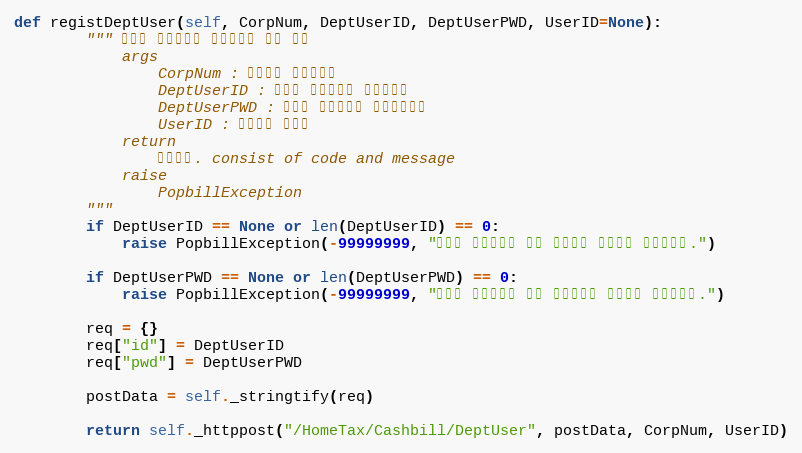
Language: Python
def registDeptUser(self, CorpNum, DeptUserID, DeptUserPWD, UserID=None):
        """ 홈택스 현금영수증 부서사용자 계정 등록
            args
                CorpNum : 팝빌회원 사업자번호
                DeptUserID : 홈택스 부서사용자 계정아이디
                DeptUserPWD : 홈택스 부서사용자 계정비밀번호
                UserID : 팝빌회원 아이디
            return
                처리결과. consist of code and message
            raise
                PopbillException
        """
        if DeptUserID == None or len(DeptUserID) == 0:
            raise PopbillException(-99999999, "홈택스 부서사용자 계정 아이디가 입력되지 않았습니다.")

        if DeptUserPWD == None or len(DeptUserPWD) == 0:
            raise PopbillException(-99999999, "홈택스 부서사용자 계정 비밀번호가 입력되지 않았습니다.")

        req = {}
        req["id"] = DeptUserID
        req["pwd"] = DeptUserPWD

        postData = self._stringtify(req)

        return self._httppost("/HomeTax/Cashbill/DeptUser", postData, CorpNum, UserID)